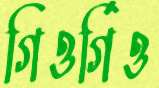
গিওর্গিও